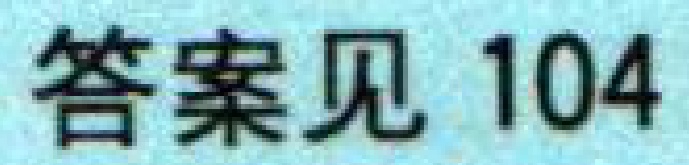
答案见 104